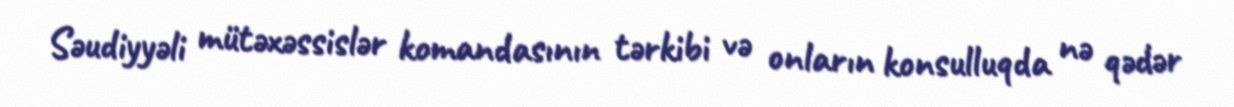
Səudiyyəli mütəxəssislər komandasının tərkibi və onların konsulluqda nə qədər